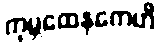
ကုမ္ဘထေနကေဟိ